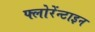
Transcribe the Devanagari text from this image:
फ्लोरेंन्टाइन